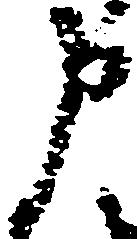
申